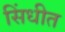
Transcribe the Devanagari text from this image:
सिंधीत